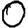
Digit: 0